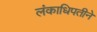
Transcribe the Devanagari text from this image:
लंकाधिपतीने